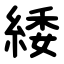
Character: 緌